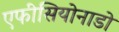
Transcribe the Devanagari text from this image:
एफीसियोनाडो